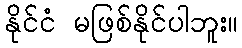
နိုင်ငံ မဖြစ်နိုင်ပါဘူး။